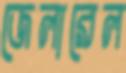
জেলারেল